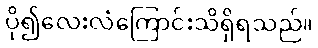
ပို၍လေးလံကြောင်းသိရှိရသည်။